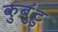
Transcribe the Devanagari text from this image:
कुबुंटु